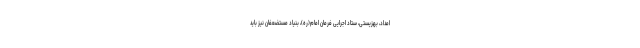
امداد، بهزیستی، ستاد اجرایی فرمان امام(ره)، بنیاد مستضعفان نیز باید